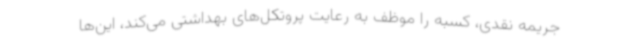
جریمه نقدی، کسبه را موظف به رعایت پروتکل‌های بهداشتی می‌کند، این‌ها